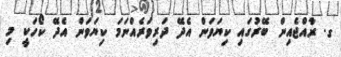
ގ. ރާއްޖެއިން ބޭރުގައި ކިޔަވަން އެދޭ ދަރިވަރެއްނަމަ ކިޔަވަން އެދޭ ކޯހަކީ މި